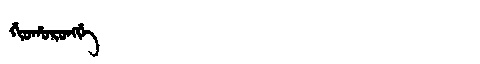
Manchu: ᡤᡳᠣᡥᠣᡵᠣᠩᡤᡝ
Romanization: GIOHORONGGE